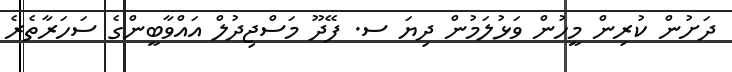
ދަށުން ކުރިން މީހުން ވަޅުލަމުން ދިޔަ ސ. ފޭދޫ މަސްޖިދުލް އައްވާބީންގެ ސަހަރާތެރެ